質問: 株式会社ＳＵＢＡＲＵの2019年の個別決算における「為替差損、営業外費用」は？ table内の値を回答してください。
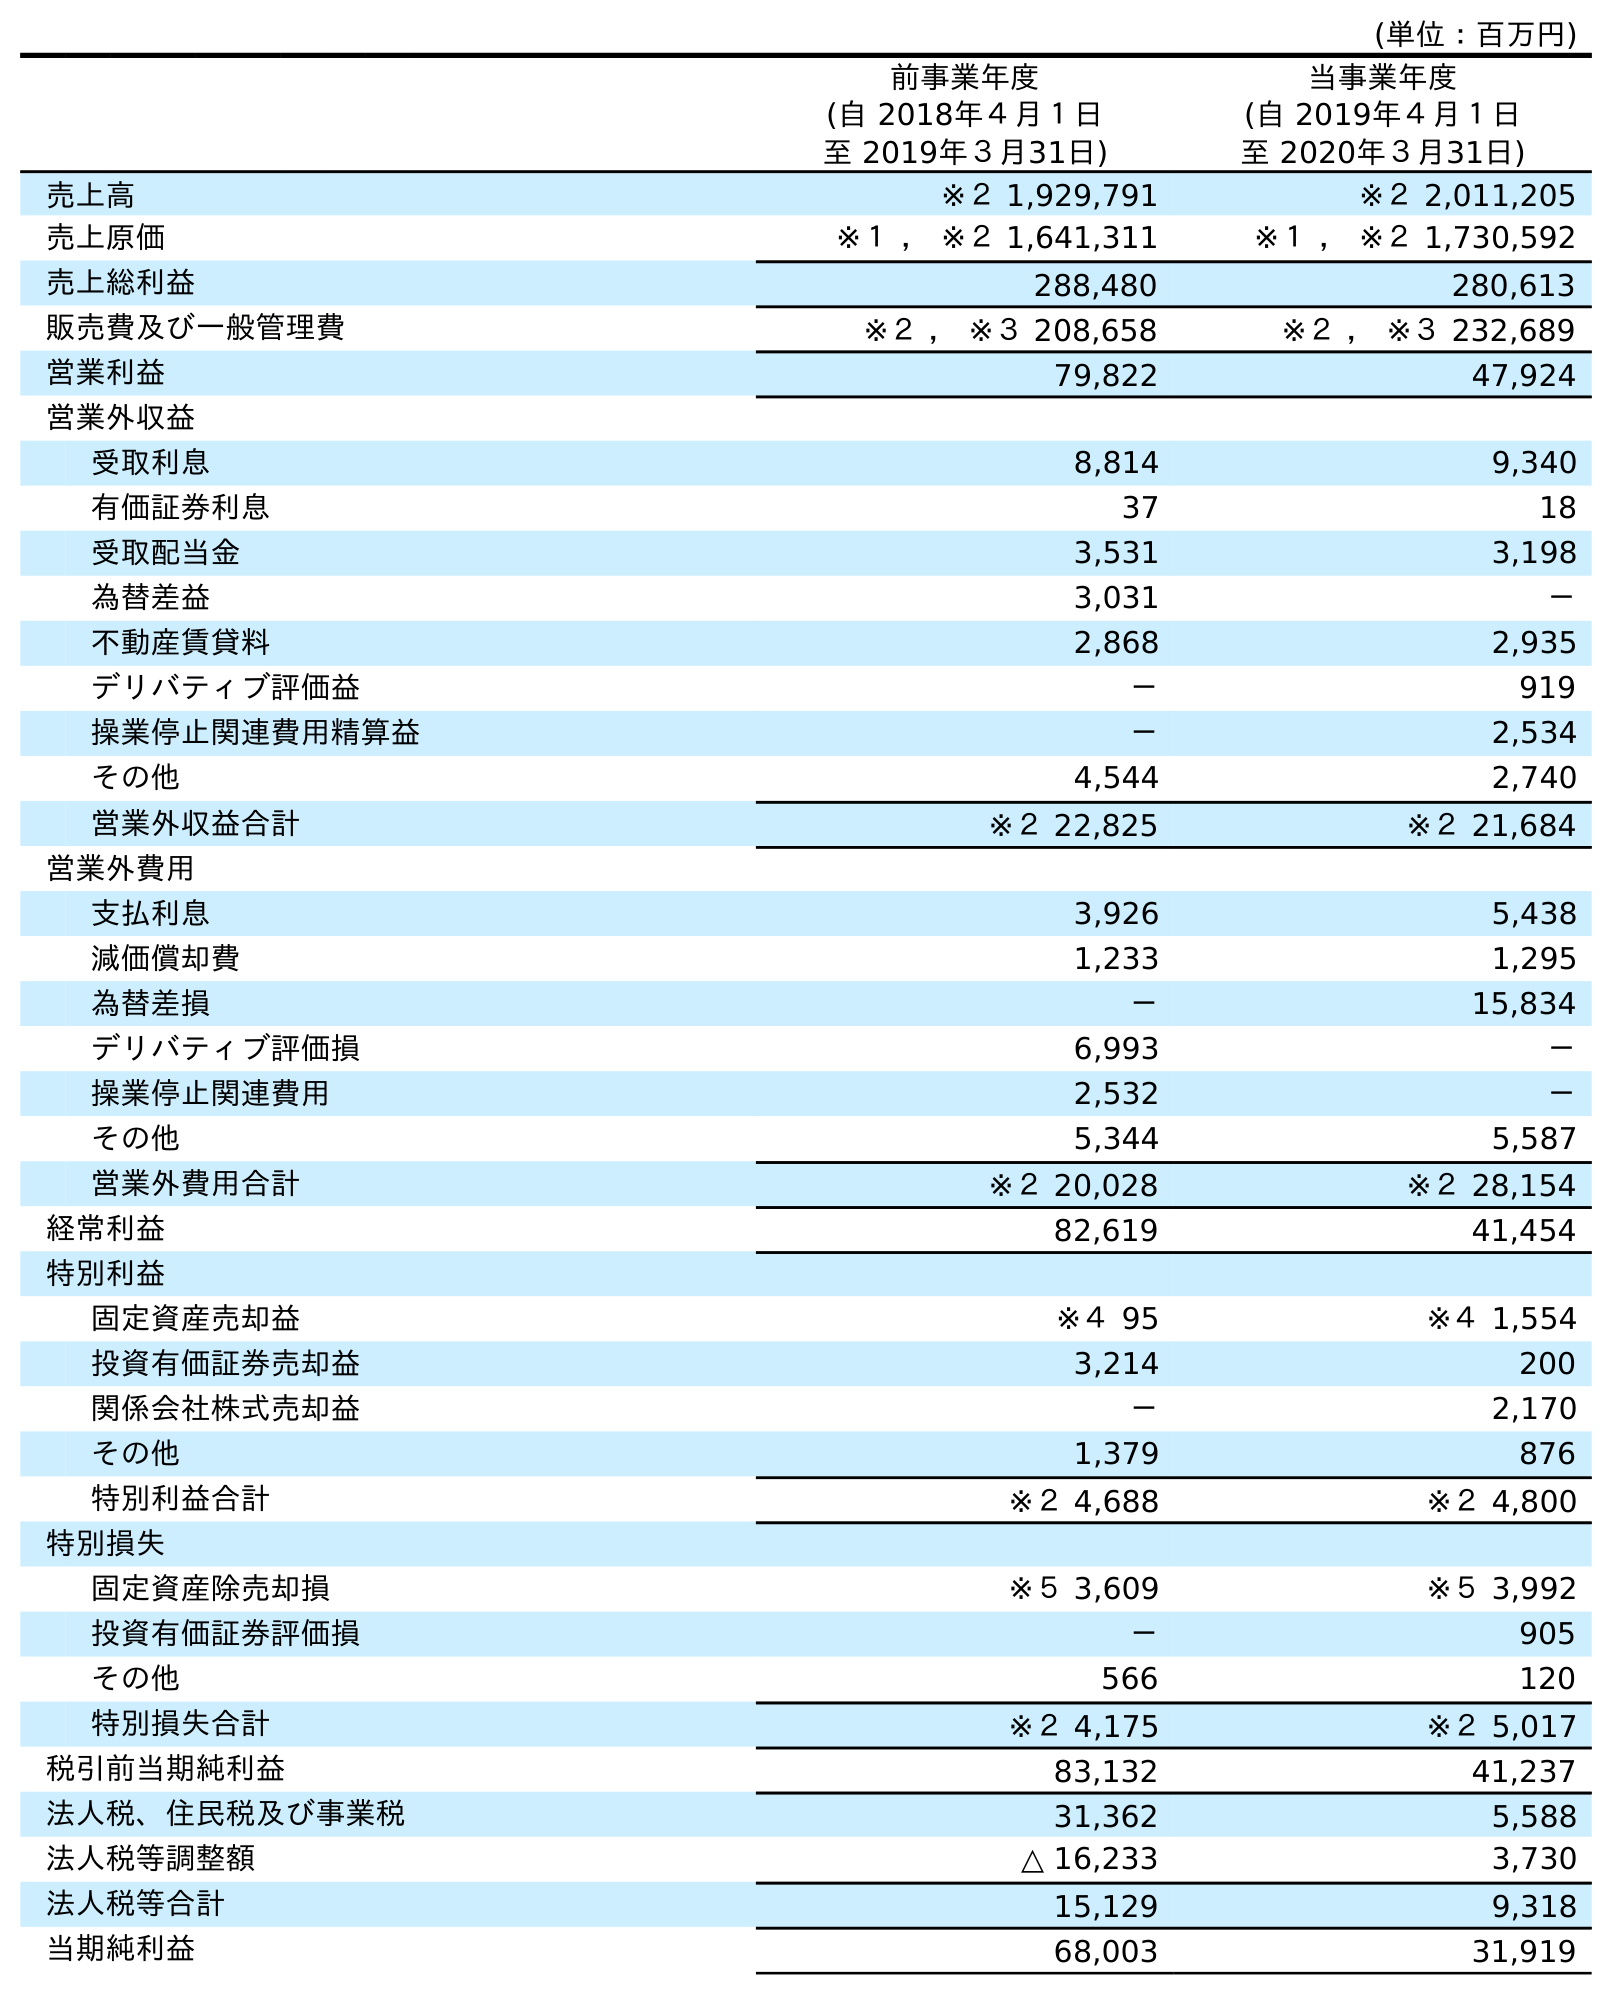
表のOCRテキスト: (単位：百万円) 前事業年度 (自 2018年４月１日 至 2019年３月31日) 当事業年度 (自 2019年４月１日 至 2020年３月31日) 売上高 ※２ 1,929,791 ※２ 2,011,205 売上原価 ※１ ， ※２ 1,641,311 ※１ ， ※２ 1,730,592 売上総利益 288,480 280,613 販売費及び一般管理費 ※２ ， ※３ 208,658 ※２ ， ※３ 232,689 営業利益 79,822 47,924 営業外収益 受取利息 8,814 9,340 有価証券利息 37 18 受取配当金 3,531 3,198 為替差益 3,031 － 不動産賃貸料 2,868 2,935 デリバティブ評価益 － 919 操業停止関連費用精算益 － 2,534 その他 4,544 2,740 営業外収益合計 ※２ 22,825 ※２ 21,684 営業外費用 支払利息 3,926 5,438 減価償却費 1,233 1,295 為替差損 － 15,834 デリバティブ評価損 6,993 － 操業停止関連費用 2,532 － その他 5,344 5,587 営業外費用合計 ※２ 20,028 ※２ 28,154 経常利益 82,619 41,454 特別利益 固定資産売却益 ※４ 95 ※４ 1,554 投資有価証券売却益 3,214 200 関係会社株式売却益 － 2,170 その他 1,379 876 特別利益合計 ※２ 4,688 ※２ 4,800 特別損失 固定資産除売却損 ※５ 3,609 ※５ 3,992 投資有価証券評価損 － 905 その他 566 120 特別損失合計 ※２ 4,175 ※２ 5,017 税引前当期純利益 83,132 41,237 法人税、住民税及び事業税 31,362 5,588 法人税等調整額 △ 16,233 3,730 法人税等合計 15,129 9,318 当期純利益 68,003 31,919
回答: －